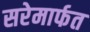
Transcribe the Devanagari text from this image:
सरेमार्फत